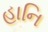
હાનિ